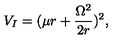
V _ { I } = ( \mu r + \frac { \Omega ^ { 2 } } { 2 r } ) ^ { 2 } ,